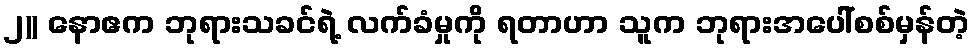
၂)) နောဧက ဘုရားသခင်ရဲ့ လက်ခံမှုကို ရတာဟာ သူက ဘုရားအပေါ်စစ်မှန်တဲ့